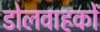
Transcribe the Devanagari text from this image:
डोलवाहकों